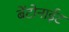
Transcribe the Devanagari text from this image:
बेंटोनाईट